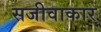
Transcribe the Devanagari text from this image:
सजीवाकार